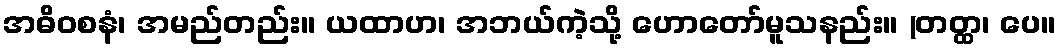
အဓိဝစနံ၊ အမည်တည်း။ ယထာဟ၊ အဘယ်ကဲ့သို့ ဟောတော်မူသနည်း။ (တတ္ထ၊ ပေ။